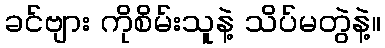
ခင်ဗျား ကိုစိမ်းသူနဲ့ သိပ်မတွဲနဲ့။